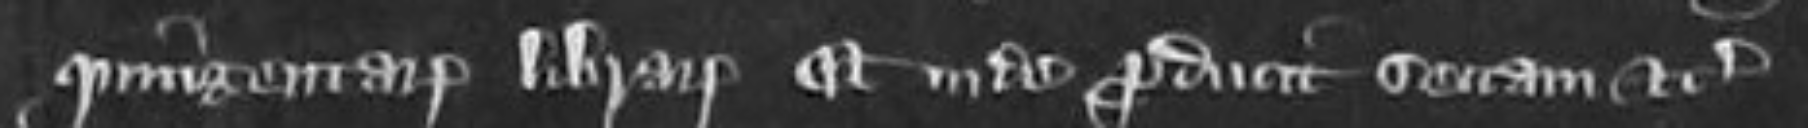
quingentarum librarum et unde producit sectam etc